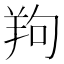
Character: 𦍵